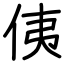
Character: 侇